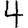
Digit: 4